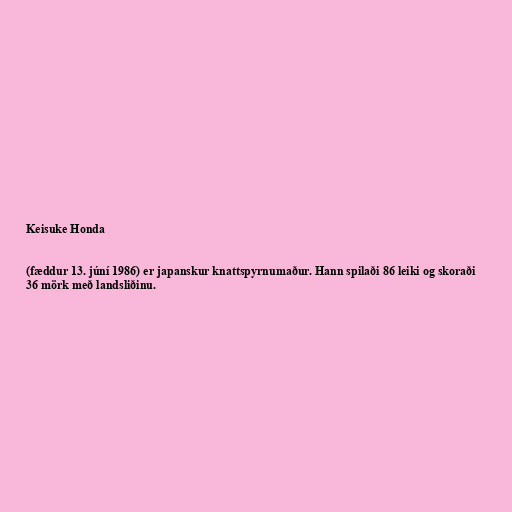
Keisuke Honda

(fæddur 13. júní 1986) er japanskur knattspyrnumaður. Hann spilaði 86 leiki og skoraði
36 mörk með landsliðinu.